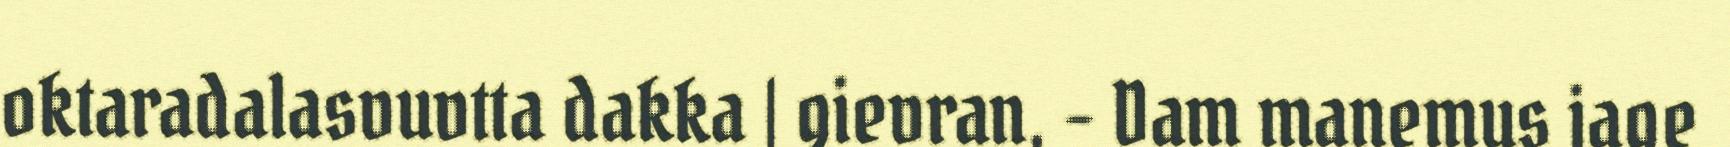
oktaradalasvuvtta dakka | gievran, - Dam manemus jage